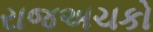
રાજઅચકો